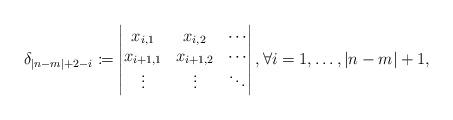
LaTeX: \begin{align*}\delta_{|n-m|+2-i} \coloneqq \begin{vmatrix}x_{i,1} & x_{i,2} & \cdots \\x_{i+1,1} & x_{i+1,2} & \cdots \\\vdots & \vdots & \ddots\end{vmatrix}, \forall i=1,\ldots,|n-m|+1,\end{align*}